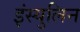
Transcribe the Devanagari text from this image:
इंस्युलिन